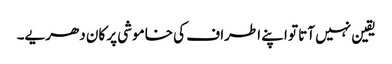
یقین نہیں آتا تو اپنے اطراف کی خاموشی پر کان دھریے۔